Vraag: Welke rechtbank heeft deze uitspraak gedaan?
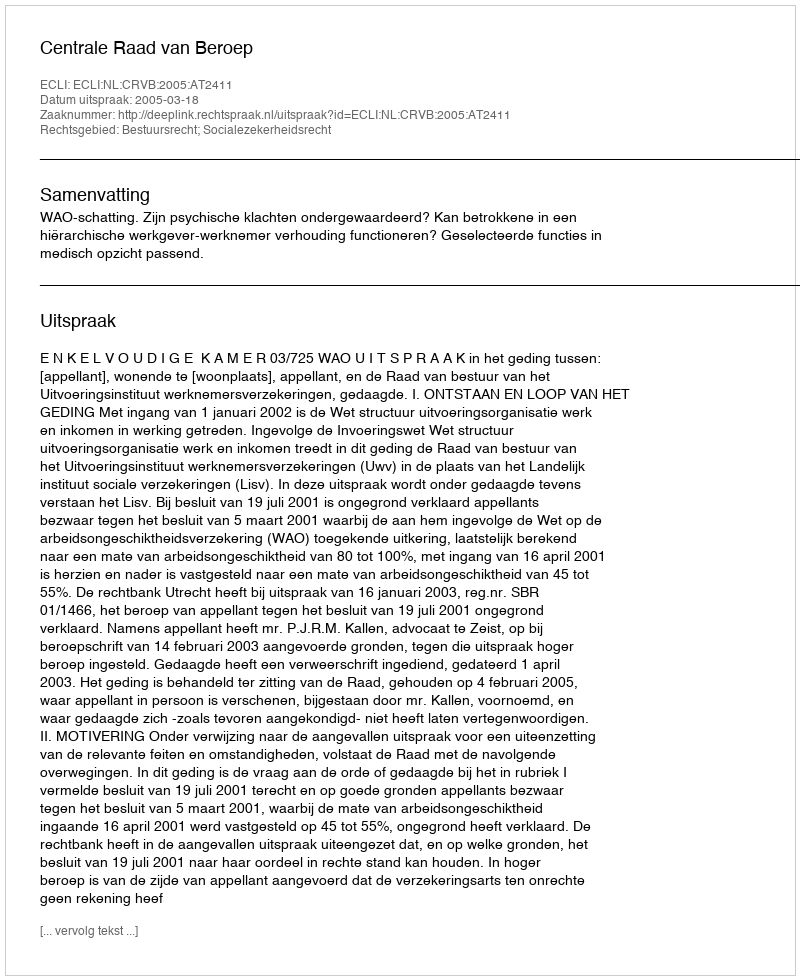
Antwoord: Centrale Raad van Beroep